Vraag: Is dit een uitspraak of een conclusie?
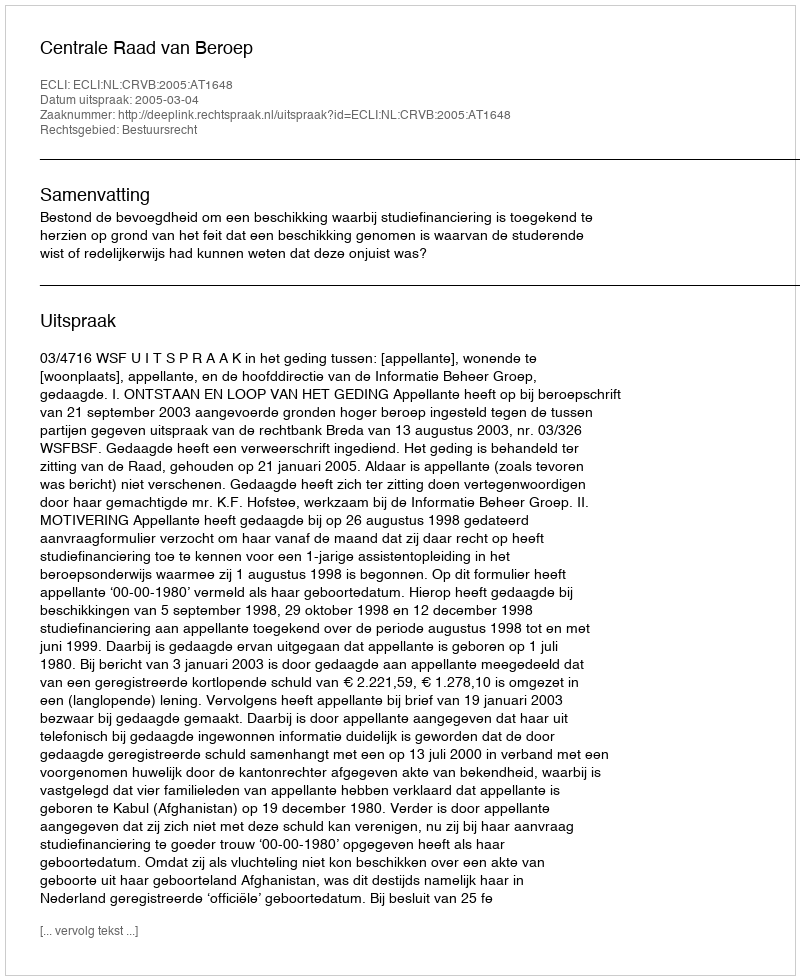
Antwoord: Uitspraak